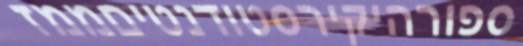
ספורהיקירסטודנטיםממז